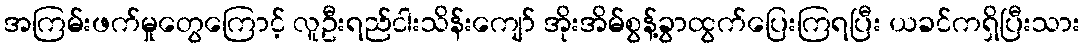
အကြမ်းဖက်မှုတွေကြောင့် လူဦးရည်ငါးသိန်းကျော် အိုးအိမ်စွန့်ခွာထွက်ပြေးကြရပြီး ယခင်ကရှိပြီးသား